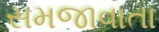
સમજાવાતા